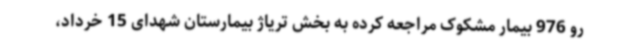
رو 976 بیمار مشکوک مراجعه کرده به بخش تریاژ بیمارستان شهدای 15 خرداد،